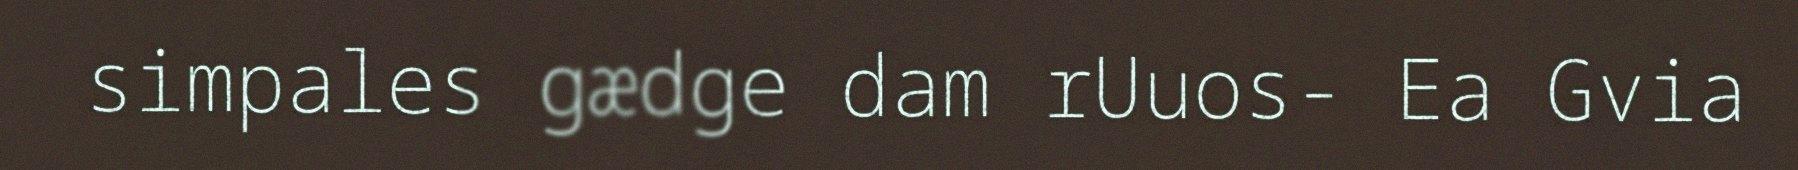
simpales gædge dam rUuos- Ea Gvia